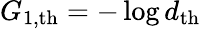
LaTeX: G_{1,\mathrm{th}}=-\log d_{\mathrm{th}}